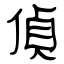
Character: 偵